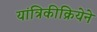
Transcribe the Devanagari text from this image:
यांत्रिकीक्रियेने